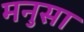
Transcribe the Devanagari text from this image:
मनुसा